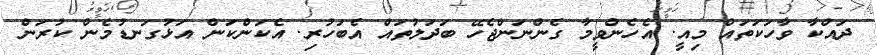
ދައްކާ ވާހަކަތައް މިއީ. އެހެންވީމާ ގެންނަންޖެހޭ ބަދަލުތައް އެބަހުރި. އެކަންކަން އަޅުގަނޑުމެން ކުރަން